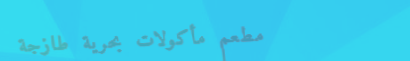
مطعم مأكولات بحرية طازجة